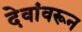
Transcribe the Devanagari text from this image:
देवांवरून